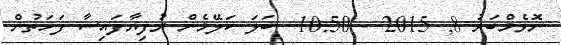
ނޮވެމްބަރު 8